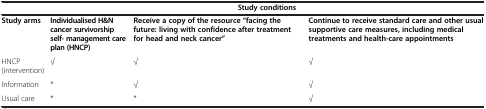
<table><thead><tr><td><b> </b></td><td colspan="3"><b>Study conditions</b></td></tr></thead><tbody><tr><td><b>Study arms</b></td><td><b>Individualised H&amp;N cancer survivorship self- management care plan (HNCP)</b></td><td><b>Receive a copy of the resource “facing the future: living with confidence after treatment for head and neck cancer”</b></td><td><b>Continue to receive standard care and other usual supportive care measures, including medical treatments and health-care appointments</b></td></tr><tr><td>HNCP (intervention)</td><td>√</td><td>√</td><td>√</td></tr><tr><td>Information</td><td>*</td><td>√</td><td>√</td></tr><tr><td>Usual care</td><td>*</td><td>*</td><td>√</td></tr></tbody></table>